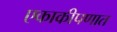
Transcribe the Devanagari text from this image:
एकाकीपणात